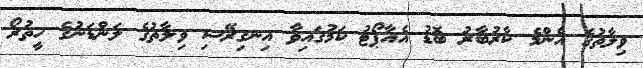
ވިލާތުގެ އެންމެ ކާރުބާރު ބޮޑު އެއާޕޯޓު ކަމުގައިވާ އިނގިރޭސި ވިލާތުގެ ލަންޑަނުގެ ހީތުރޯ